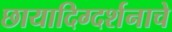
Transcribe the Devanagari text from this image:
छायादिग्दर्शनाचे